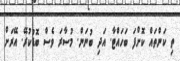
ތި ކަންތައް ކޮށްފަ ބަހައްޓާ. އަދި ބުނަން. މުސާރަ ވެސް ބޮޑުކުރޭ. އޭރަށް